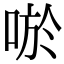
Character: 唹